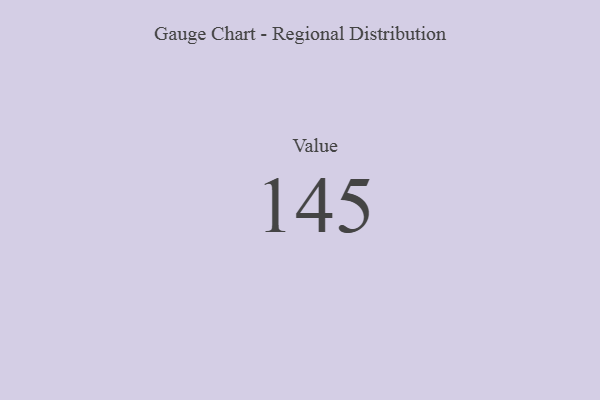
{"axis": {"x": "Metric", "y": "Value"}, "legend": [""], "data": [{"x": "Value", "y": 145, "type": ""}]}